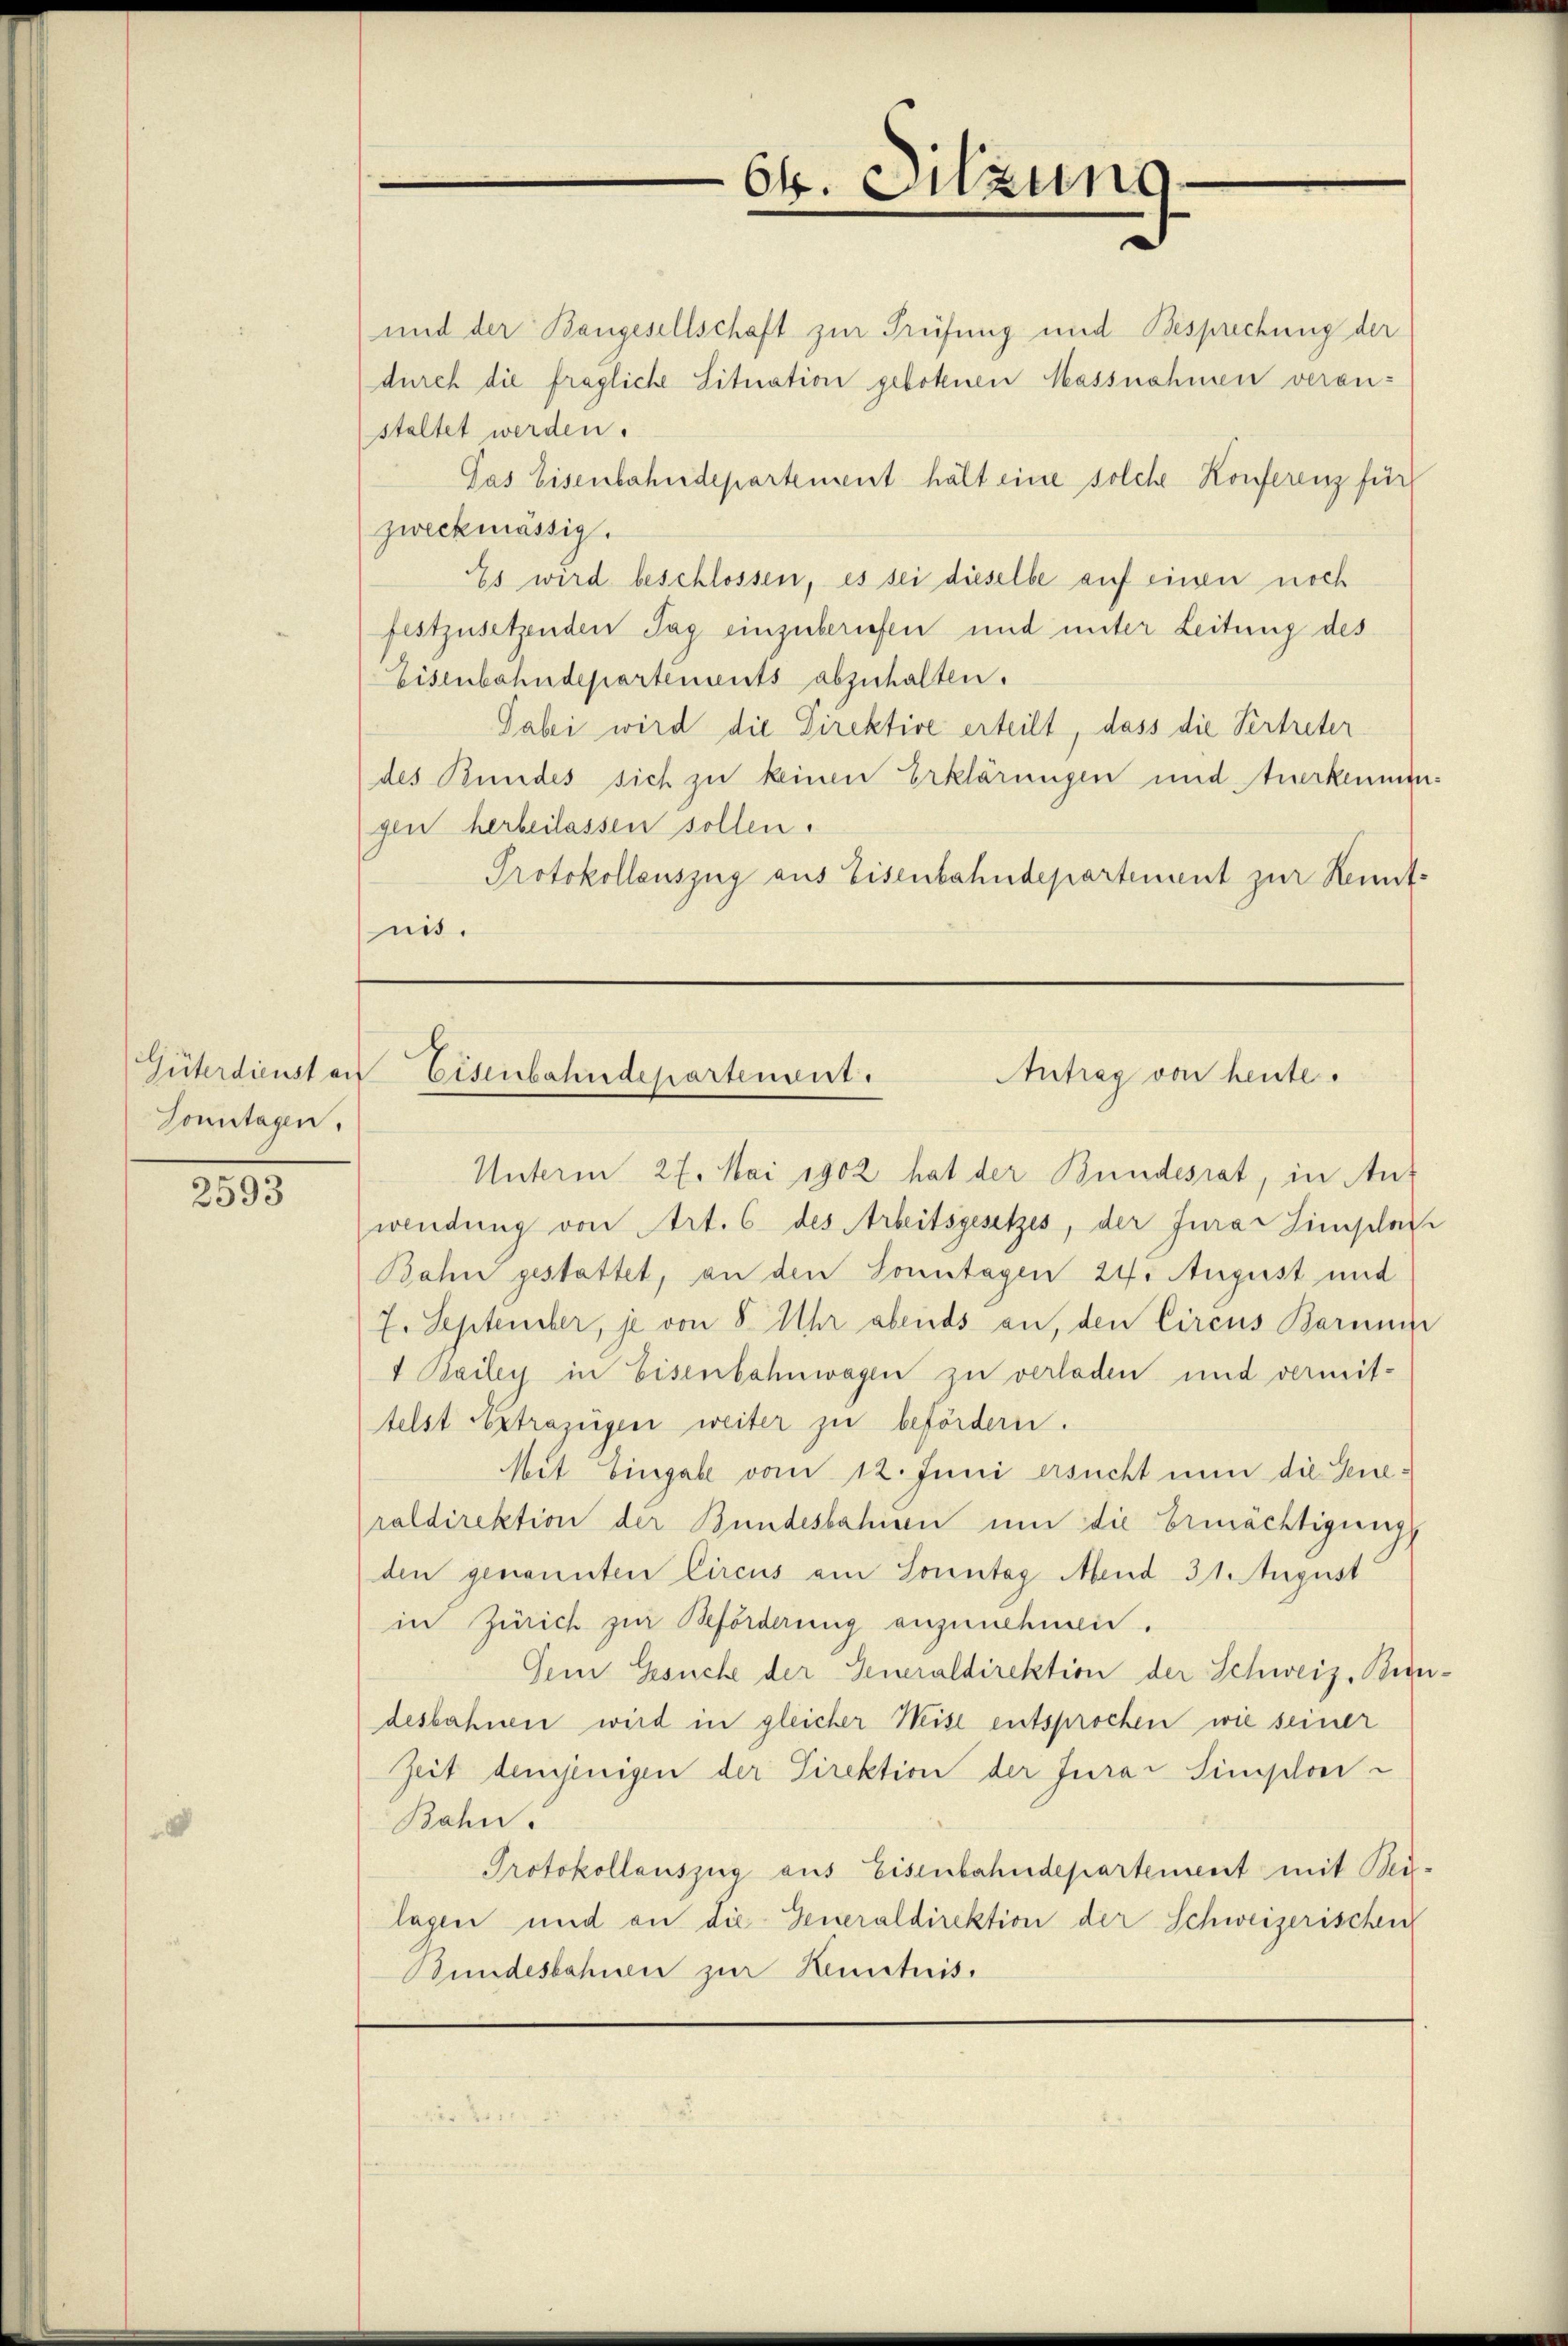
Sonntagen.

2593

64. Sitzung

Güterdiensten Eisenbahndepartement.
Antrag von heute.

und der Bangesellschaft zur Prüfung und Besprechung der
(durch die fragliche Situation gebotenen Massnahmen veranstaltet werden.
Das Eisenbahndepartement hält eine solche Konferenz für
zweckmässig.
Es wird beschlossen, es sei dieselbe auf einen noch
festzusetzenden Tag einzuberiefen und unter Leitung des
Eisenbahndepartements abzuhalten.
Dabei wird die Direktive erteilt, dass die Vertreter
des Bundes sich zu keinen Erklärungen und Anerkennengen herbeilassen sollen.
Protokollauszug aus Eisenbahndepartement zur Kennt-
nis.

Unterm 27. Mai 1902 hat der Bundesrat, in Auf
wendung von Art. 6 des Arbeitsgesetzes, der Jurar Himelade
Bahn gestattet, an den Sonntagen 24. August und
7. September, je von 8 Uhr abends an, den Circus Barmun
1 Bailey in Eisenbahnwagen zu verladen und vermit-
telst Extrazügen weiter zu befördern.
Mit Eingabe vom 12. Juni ersucht nun die Generaldirektion der Bundesbahion um die Ermächtigung
den genannten Circus am Sonntag Mend 31. August
in Zürich zur Beförderung anzunehmen.
Gem Gesuche der Generaldirektion der Schweiz. Bundesbahnen wird in gleicher Weise entsprochen wie seiner
Zeit demjenigen der Direktion der Jurar Simplon-
Bahn.
Protokollauszug aus Eisenbahndepartement mit Bei-
lagen und an die Generaldirektion der Schweizerischen
Bundesbahnen zur Kenntnis.